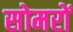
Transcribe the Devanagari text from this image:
सोमरों